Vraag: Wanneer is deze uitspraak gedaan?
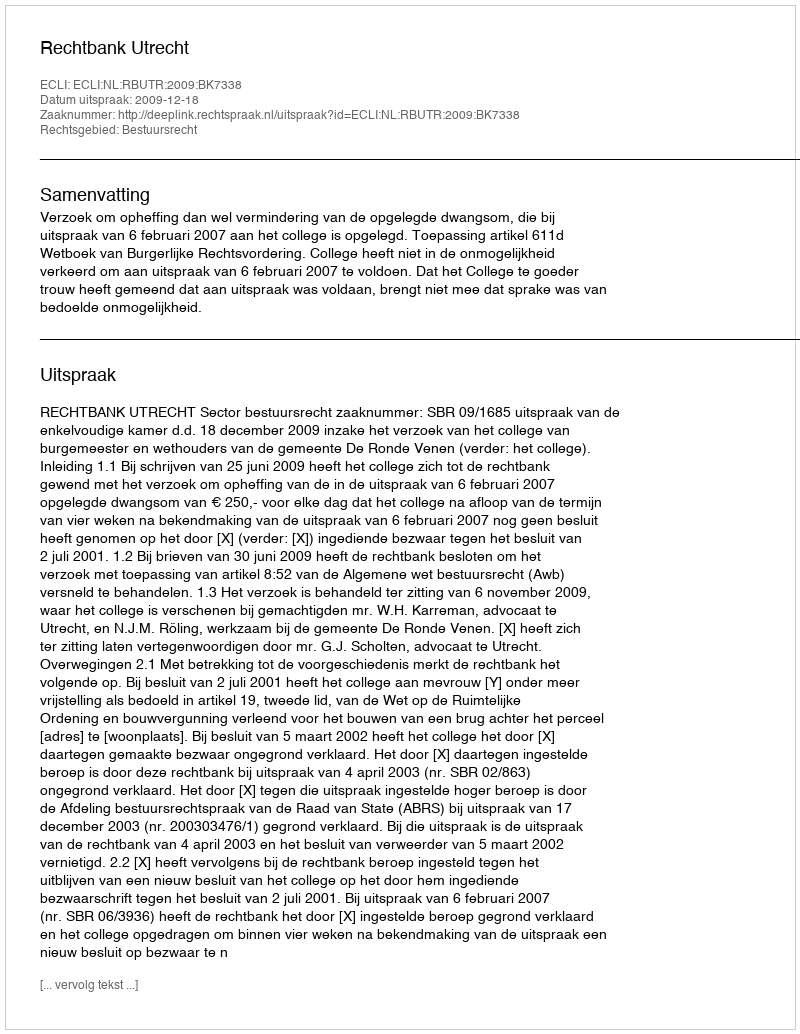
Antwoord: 2009-12-18